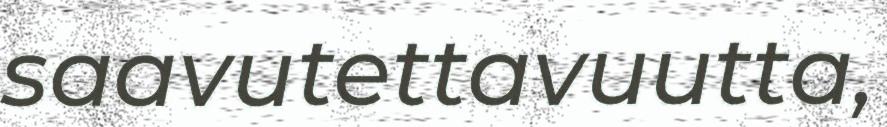
saavutettavuutta,